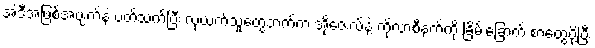
အဲဒီအဖြစ်အပျက်နဲ့ ပတ်သက်ပြီး လုယက်သူတွေဘက်က အိုဇေးလ်နဲ့ ကိုလာစီနက်ကို ခြိမ်းခြောက် စာတွေပို့ပြီး